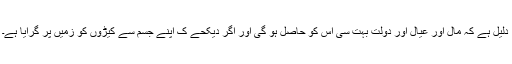
دلیل ہے کہ مال اور عیال اور دولت بہت سی اس کو حاصل ہو گی اور اگر دیکحے ک اپنے جسم سے کیڑوں کو زمیں پر گرایا ہے۔